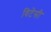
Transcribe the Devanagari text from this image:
विटेसी